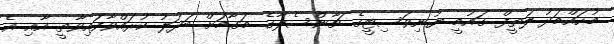
މުހައްމަދު ލަތީފް ގައުމީ ޔުނިވަސިޓީގެ ޗާންސެލާގެ މަގާމަށް ބަދަލު ކުރައްވާފައިވާތީ އާއި އެ